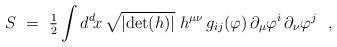
LaTeX: \begin{align*}S~=~{\textstyle{1\over 2}} \int d^d\! x \, \sqrt{\vert {\rm det}(h) \vert} \; h^{\mu\nu} \, g_{ij}(\varphi) \, \partial_\mu \varphi^i \, \partial_\nu\varphi^j~~, \end{align*}